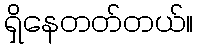
ရှိနေတတ်တယ်။